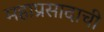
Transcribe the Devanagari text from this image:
महाप्रसादाची